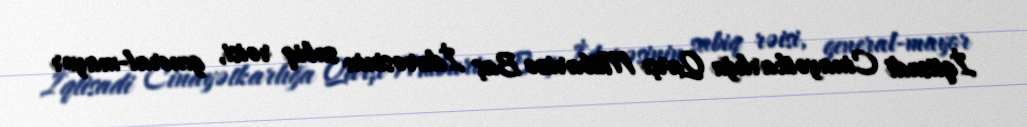
İqtisadi Cinayətkarlığa Qarşı Mübarizə Baş İdarəsinin sabiq rəisi, general-mayor